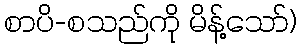
စာပိ-စသည်ကို မိန့်သော်)